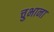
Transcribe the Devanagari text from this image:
चुभाना